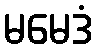
မမေဒံ